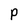
Character: P